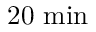
2 0 \ \mathrm { m i n }